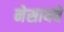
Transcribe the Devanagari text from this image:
नेसायचे